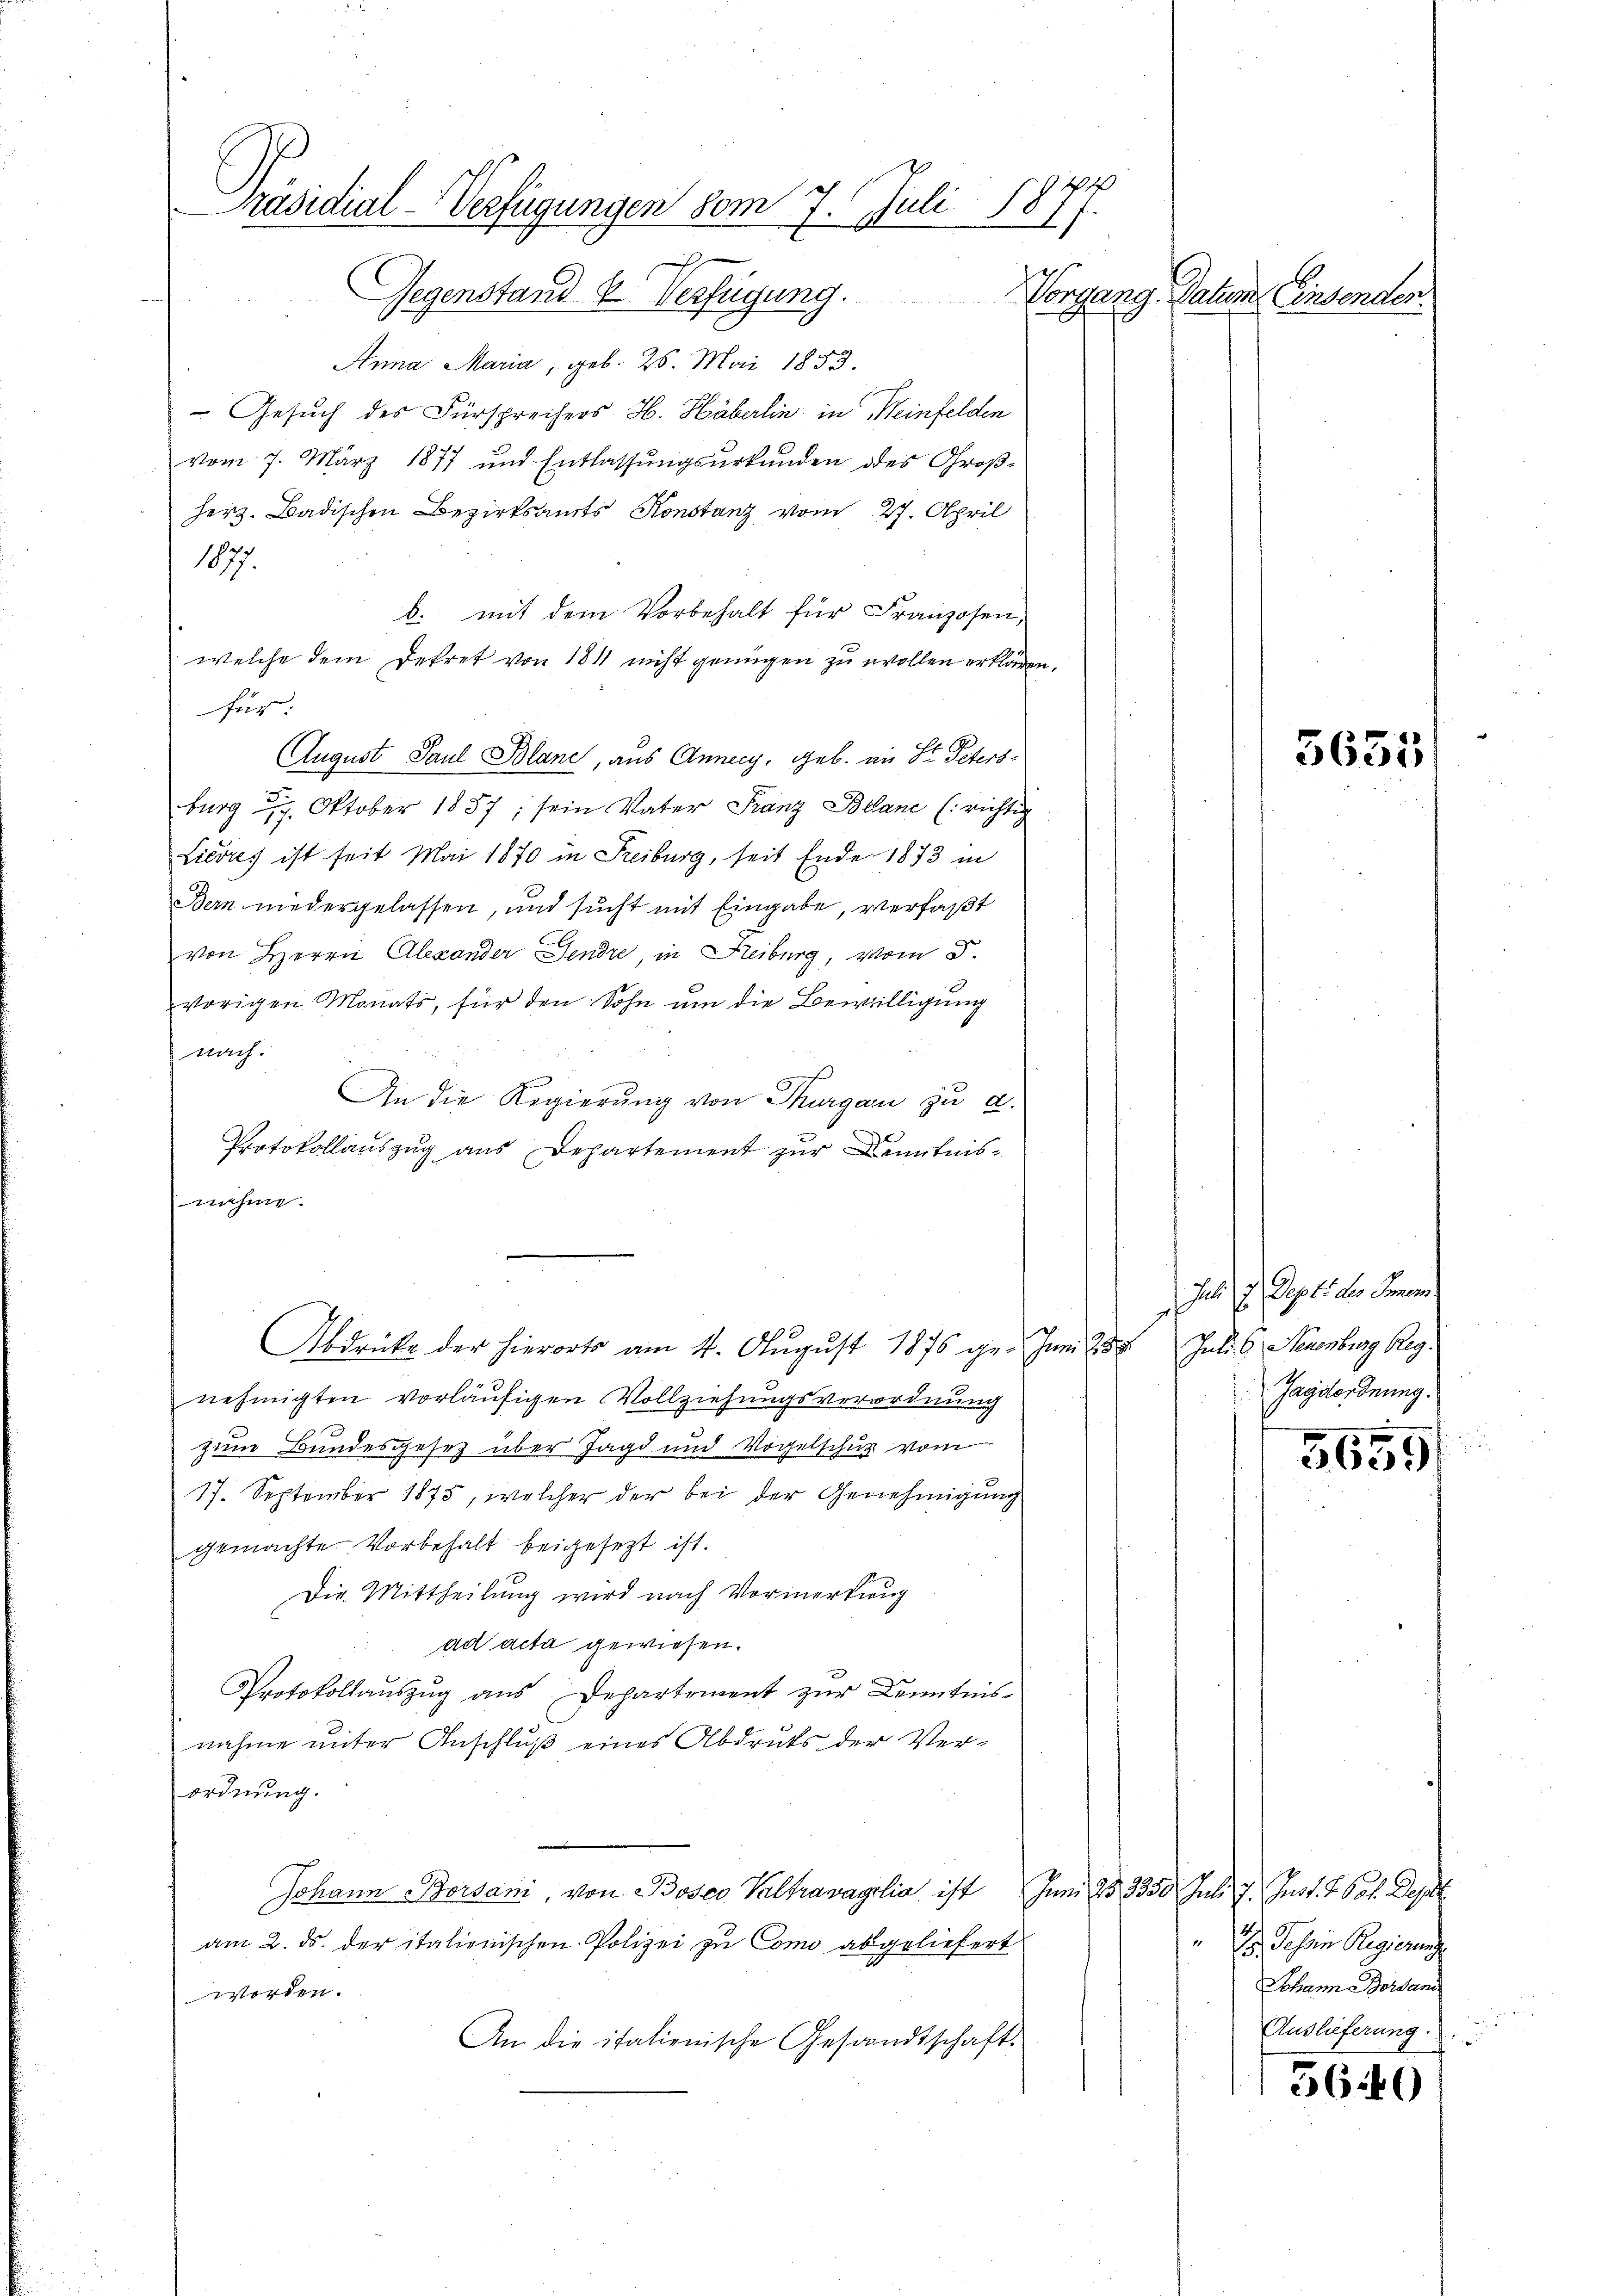
Präsidial-Verfügungen vom 7. Juli 187,
Gegenstand u. Verfügung.
Vorgang. Datum Einsenden.

Anna Maria, geb. 26. Mai 1853.
- Gesuch des Fürsprechers H. Häberlin in Weinfelden
vom 7. März 1877 und Entlassungsurkunden des Groß¬
Herz. Badischen Bezirksamts Konstanz vom 27. April
1877.
b. mit dem Vorbehalt für Franzosen,
welche dem Dekret von 1811 nicht genügen zu wollen erklären,
für:
August Paul Blanc, aus Annecy, geb. an St. Petersburg 29. Oktober 1837; sein Vater Franz Bollane (richtig
Livres ist seit Mai 1870 in Freiburg, seit Ende 1873 in
Bern niedergelassen, und sucht mit Eingabe, verfaßt
von Herrn Alexander Gendre, in Reiburg, vom 5.
vorigen Monats, für den Sohn um die Bewilligung
nach.
An die Regierung von Thurgau zu a.
x
Protokollauszug aus Departement zur Kenntinsnahme.
Abdrücke der hierorts am 4. Aŭgŭst 1875 ge- Juni 18
nehmigten vorläufigen Vollziehungsverordnung
zum Bundesgesetz über Jagd und Vogelschug vom
17. September 1875, welcher der bei der Genehmigung
gemachte Vorbehalt beigesezt ist.
Die Mittheilung wird nach Vormerkung
ad acta gewiesen.
Protokollauszug aus Departement zur Kenntnisnehme unter Anschluß eines Abdrucks der Verordnung.
Johann Borsani von Bosco Valtravaglia, ist
am 2. ds. der italionischen Polizei zu Como abgeliefert
worden.
An die italienische Gesandtschaft

3631

Jus 17. Sept. der Fernem
Juli S. Neuenburg Reg.
Jagsordnung.

3659

Juni 28. 1350. Juli d. Jnst. S. 601. Deput
Hs. Jahren Regierung
Johann Bordand
Auslieferung.

56.40